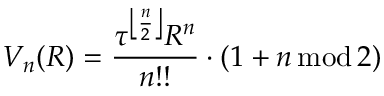
V _ { n } ( R ) = { \frac { \tau ^ { \left\lfloor { \frac { n } { 2 } } \right\rfloor } R ^ { n } } { n ! ! } } \cdot ( 1 + n \operatorname { m o d } 2 )